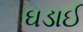
ઘડાઈ